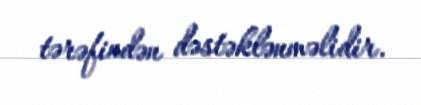
tərəfindən dəstəklənməlidir.